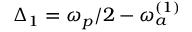
\Delta _ { 1 } = \omega _ { p } / 2 - \omega _ { a } ^ { ( 1 ) }